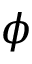
\phi